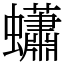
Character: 蠨